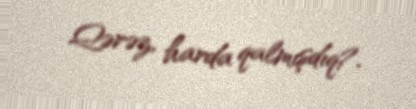
Qərəz, harda qalmışdıq?.